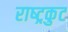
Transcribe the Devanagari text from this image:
राष्‍ट्रकुट